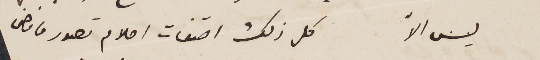
ليس الاً	كل ذلك التفات احلام تصور ما مضى